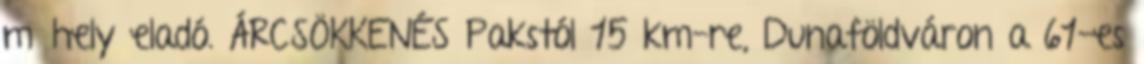
műhely eladó. ÁRCSÖKKENÉS Pakstól 15 km-re, Dunaföldváron a 61-es